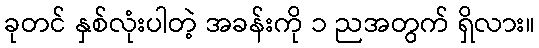
ခုတင် နှစ်လုံးပါတဲ့ အခန်းကို ၁ ညအတွက် ရှိလား။